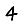
Digit: 4